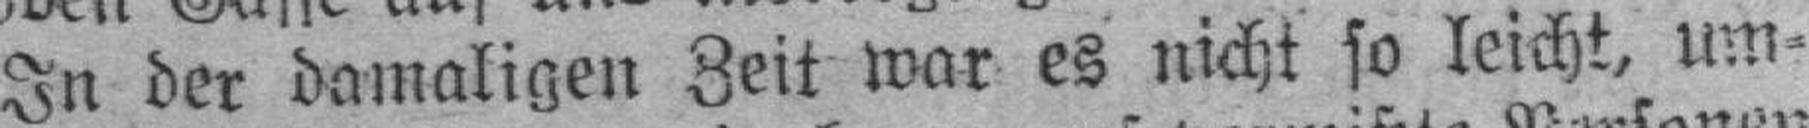
In der damaligen Zeit war es nicht so leicht, um¬